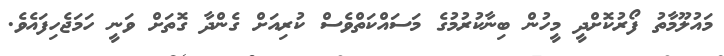
މައުލޫމާތު ފޯރުކޮށްދީ މީހުން ބިނާކުރުމުގެ މަސައްކަތްވެސް ކުރިއަށް ގެންދާ ގޮތަށް ވަނީ ހަމަޖެހިފައެވެ.